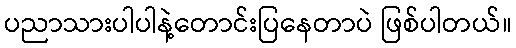
ပညာသားပါပါနဲ့တောင်းပြနေတာပဲ ဖြစ်ပါတယ်။